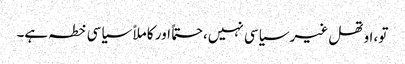
تو، اوتھل غیر سیاسی نہیں، حتماً اور کاملاً سیاسی خطہ ہے۔